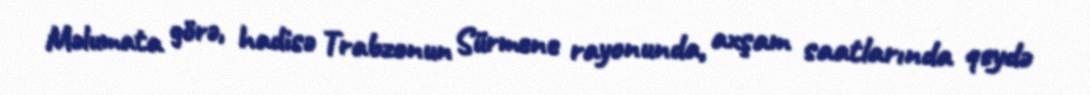
Məlumata görə, hadisə Trabzonun Sürmene rayonunda, axşam saatlarında qeydə